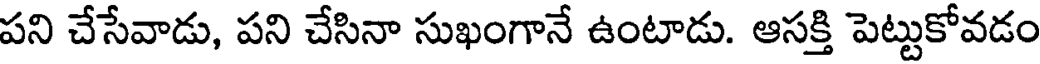
పని చేసేవాడు, పని చేసినా సుఖంగానే ఉంటాడు. ఆసక్తి పెట్టుకోవడం